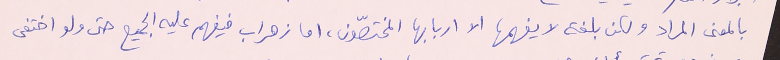
بالمعنى المراد ولكن بلغة لا يفهمها الا اربابها المختصّون، اما زهراب فيفهم عليه الجميع حتى ولو اختفى